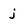
Character: j